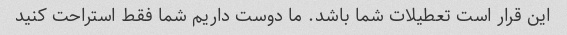
این قرار است تعطیلات شما باشد. ما دوست داریم شما فقط استراحت کنید